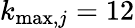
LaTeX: k_{\mathrm{max},j}=12